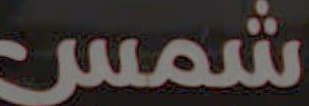
شمس